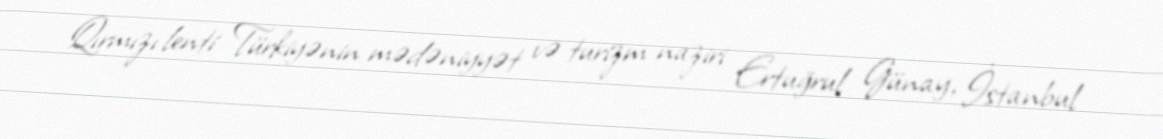
Qırmızı lenti Türkiyənin mədəniyyət və turizm naziri Ertuğrul Günay, İstanbul